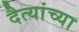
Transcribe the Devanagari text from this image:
दैत्यांच्या